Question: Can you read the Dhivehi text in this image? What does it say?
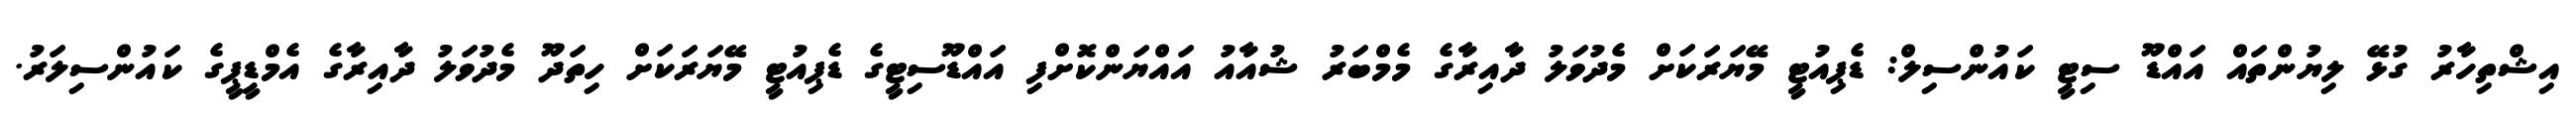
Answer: އިޝްތިހާރު ގުޅޭ ލިޔުންތައް އައްޑޫ ސިޓީ ކައުންސިލް: ޑެޕިއުޓީ މޭޔަރަކަށް މެދުވަލު ދާއިރާގެ މެމްބަރު ޝުއާއު އައްޔަންކޮށްފި އައްޑޫސިޓީގެ ޑެޕިއުޓީ މޭޔަރަކަށް ހިތަދޫ މެދުވަލު ދާއިރާގެ އެމްޑީޕީގެ ކައުންސިލަރު.